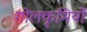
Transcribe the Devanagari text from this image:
गोलकृमियों